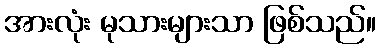
အားလုံး မုသားများသာ ဖြစ်သည်။